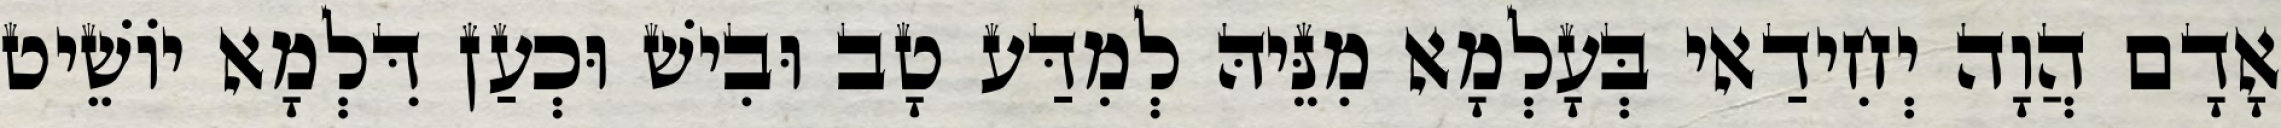
אָדָם הֲוָה יְחִידַאי בְּעָלְמָא מִנֵּיהּ לְמִדַּע טָב וּבִישׁ וּכְעַן דִּלְמָא יוֹשֵׁיט